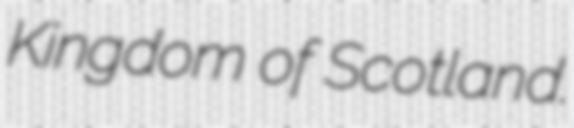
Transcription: Kingdom of Scotland.